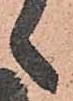
ヽ